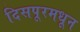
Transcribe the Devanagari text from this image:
दिसपूरमधून